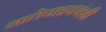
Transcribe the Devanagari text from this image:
नातेवाइकांशी